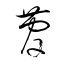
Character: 菅